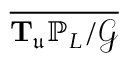
\overline { { \mathbf { T } _ { \mathfrak { u } } \mathbb { P } _ { L } / \mathcal { G } } }